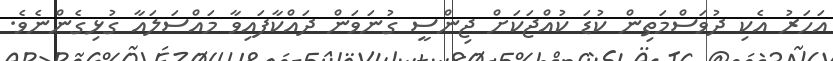
އަހަރު އެކި ދުވަސްމަތިން ކުޑަ ކުއްޖަކަށް ޖިންސީ ގުނަވަން ދައްކާފައިވާ މައްސަލައާ ގުޅިގެންނެވެ.